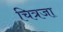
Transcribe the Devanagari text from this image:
चित्रजा